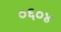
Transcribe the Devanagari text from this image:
०६०४